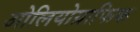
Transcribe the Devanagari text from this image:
ओलियोग्राफिक